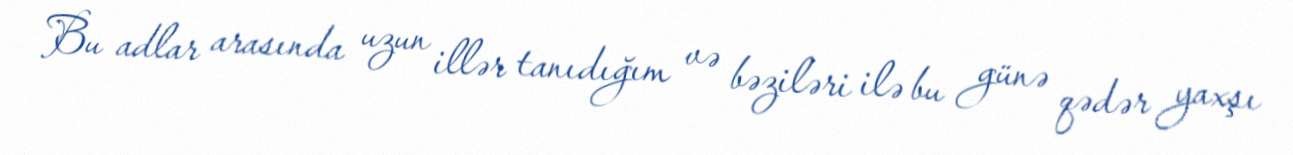
Bu adlar arasında uzun illər tanıdığım və bəziləri ilə bu günə qədər yaxşı